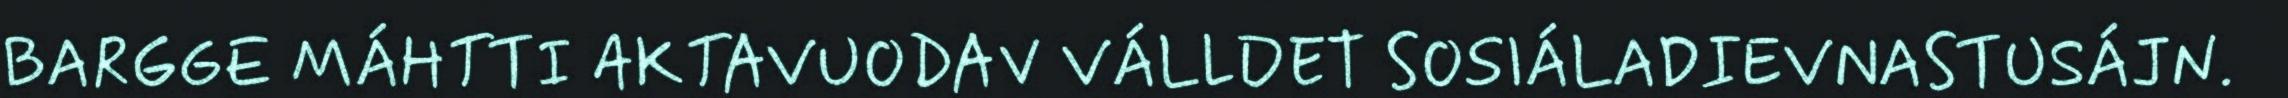
BARGGE MÁHTTI AKTAVUODAV VÁLLDET SOSIÁLADIEVNASTUSÁJN.